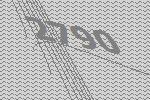
2790